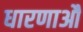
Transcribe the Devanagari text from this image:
धारणाऔ